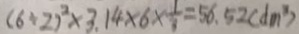
( 6 \div 2 ) ^ { 2 } \times 3 . 1 4 \times 6 \times \frac { 1 } { 3 } = 5 6 . 5 2 ( d m ^ { 3 } )